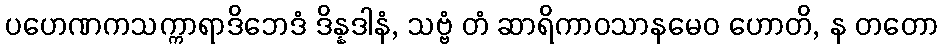
ပဟေဏကသက္ကာရာဒိဘေဒံ ဒိန္နဒါနံ, သဗ္ဗံ တံ ဆာရိကာဝသာနမေဝ ဟောတိ, န တတော